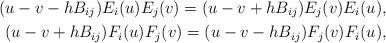
LaTeX: \begin{align*}(u-v-hB_{ij})E_{i}(u)E_{j}(v)=(u-v+hB_{ij})E_{j}(v)E_{i}(u),\\(u-v+hB_{ij})F_{i}(u)F_{j}(v)=(u-v-hB_{ij})F_{j}(v)F_{i}(u),\end{align*}